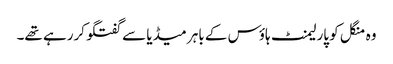
وہ منگل کو پارلیمنٹ ہاؤس کے باہر میڈیا سے گفتگو کررہے تھے۔